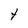
Character: t